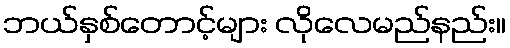
ဘယ်နှစ်တောင့်များ လိုလေမည်နည်း။